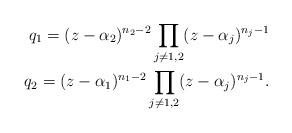
LaTeX: \begin{align*} q_{1} = (z-\alpha_{2})^{n_{2}-2}\prod_{j \neq 1,2}(z-\alpha_{j})^{n_{j}-1}\\ q_{2} = (z-\alpha_{1})^{n_{1}-2}\prod_{j \neq 1,2}(z-\alpha_{j})^{n_{j}-1}. \end{align*}